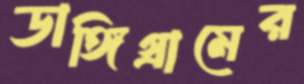
ডাঙ্গিগ্রামের